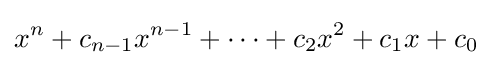
x^{n}+c_{n-1}x^{n-1}+\cdots +c_{2}x^{2}+c_{1}x+c_{0}